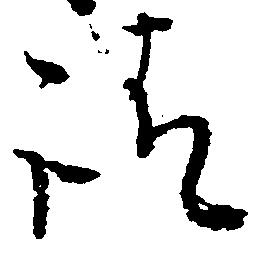
請